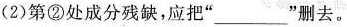
(2)第②处成分残缺，应把”___”删去。